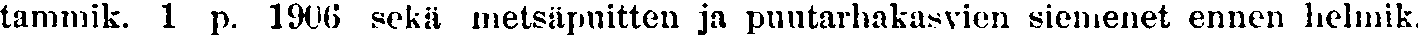
tammik. 1 p. 1906 sekä metsäpuitten ja puutarhakasvien siemenet ennen helmik.